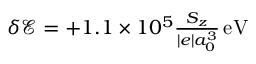
\begin{array} { r } { { \delta { \ensuremath { \mathcal E } } } = + 1 . 1 \times 1 0 ^ { 5 } \frac { S _ { z } } { | e | a _ { 0 } ^ { 3 } } \ensuremath { \, \mathrm { e V } } } \end{array}